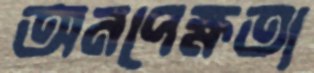
অনপেক্ষতা